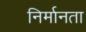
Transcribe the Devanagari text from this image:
निर्मानता